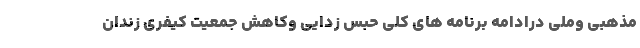
مذهبی وملی درادامه برنامه های کلی حبس زدایی وکاهش جمعیت کیفری زندان